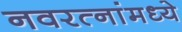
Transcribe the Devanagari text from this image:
नवरत्‍नांमध्ये